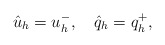
\begin{align*} \hat{u}_h=u_h^-,\ \ \ \hat{q}_h=q_h^+,\end{align*}